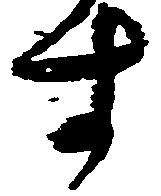
す